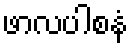
ဖာလပါစနံ